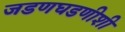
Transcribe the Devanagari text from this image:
जडणघडणीशी